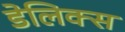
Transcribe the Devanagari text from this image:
डेलिक्स